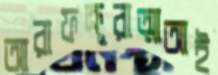
আরাফক্রূরাত্মাআই